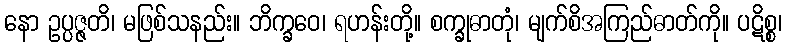
နော ဥပ္ပဇ္ဇတိ၊ မဖြစ်သနည်း။ ဘိက္ခဝေ၊ ရဟန်းတို့။ စက္ခုဓာတုံ၊ မျက်စိအကြည်ဓာတ်ကို။ ပဋိစ္စ၊